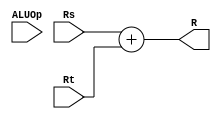
`timescale 1ns / 1ps
//////////////////////////////////////////////////////////////////////////////////
// Company: 
// Engineer: 
// 
// Design Name: 
// Module Name:    ALU 
// Project Name: 
// Target Devices: 
// Tool versions: 
// Description: 
//
// Dependencies: 
//
// Revision: 
// Revision 0.01 - File Created
// Additional Comments: 
//
//////////////////////////////////////////////////////////////////////////////////
module ALU(
		input ALUOp,
		input [7:0] Rs,
		input [7:0] Rt,
		output [7:0] R
	);

	assign R = Rs + Rt;

endmodule